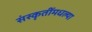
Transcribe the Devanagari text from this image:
संस्कृतींमधल्या